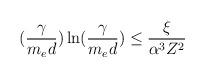
LaTeX: \begin{align*}(\frac{\gamma}{m_ed})\ln(\frac{\gamma}{m_ed}) \leq \frac{\xi}{\alpha^3 Z^2}\end{align*}